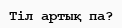
Тіл артық па?